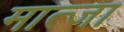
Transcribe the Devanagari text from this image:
मात्जा